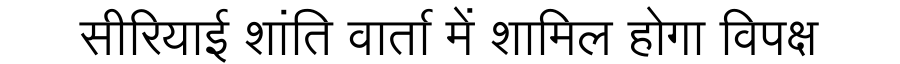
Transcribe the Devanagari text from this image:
सीरियाई शांति वार्ता में शामिल होगा विपक्ष